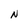
Character: N